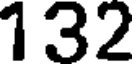
132